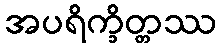
အပရိက္ခိတ္တဿ